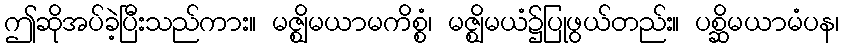
ဤဆိုအပ်ခဲ့ပြီးသည်ကား။ မဇ္ဈိမယာမကိစ္စံ၊ မဇ္ဈိမယံ၌ပြုဖွယ်တည်း။ ပစ္ဆိမယာမံပန၊